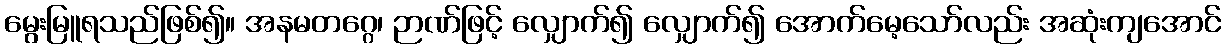
မွေးမြူရသည်ဖြစ်၍။ အနမတဂ္ဂေ၊ ဉာဏ်ဖြင့် လျှောက်၍ လျှောက်၍ အောက်မေ့သော်လည်း အဆုံးကျအောင်